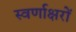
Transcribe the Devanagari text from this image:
स्‍वर्णाक्षरों